Annual report on the working of the lock hospitals in the North-Western Provinces and Oudh
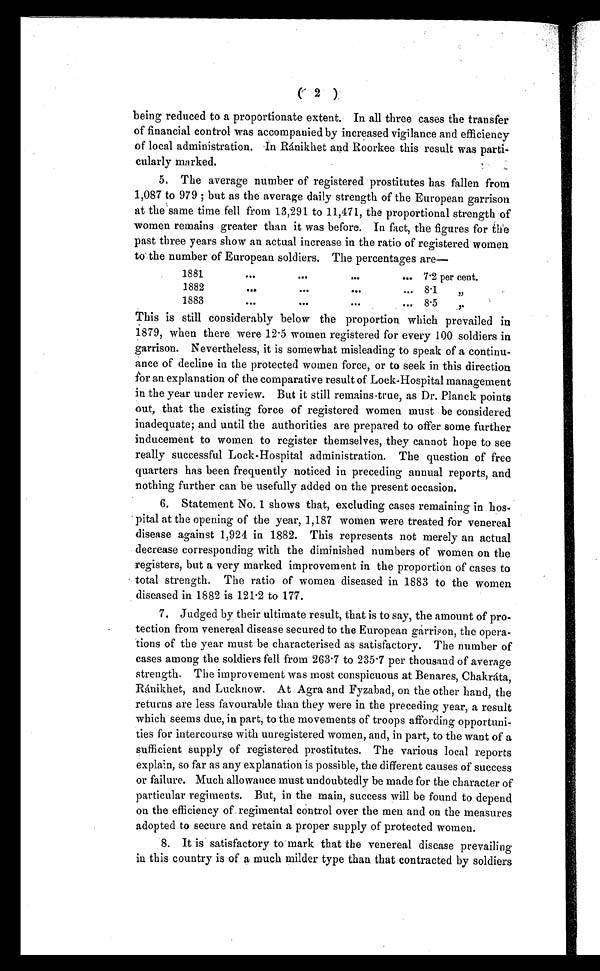
(
2 )
being reduced to a proportionate extent. In all three cases the transfer
of financial control was accompanied by increased vigilance and efficiency
of local administration. In Ránikhet and Roorkee this result was parti-
cularly marked.
5. The average number of registered prostitutes has fallen from
1,087 to 979 but as the average daily strength of the European garrison
at the same time fell from 13,291 to 11,471, the proportional strength of
women remains greater than it was before. In fact, the figures for the
past three years show an actual increase in the ratio of registered women
to the number of European soldiers. The percentages are
1881
•••
•••
•••
••• 7·2 per cent.
1882
...
•••
•••
•••
8·1
,,
1883
•••
•••
•••
•••
8·5
,,
This is still considerably below the proportion which prevailed in
1879, when there were 12 . 5 women registered for every 100 soldiers in
garrison. Nevertheless, it is somewhat misleading to speak of a continu-
ance of decline in the protected women force, or to seek in this direction
for an explanation of the comparative result of Lock-Hospital management
in the year under review. But it still remains true, as Dr. Planck points
out, that the existing force of registered women must be considered
inadequate; and until the authorities are prepared to offer some further
inducement to women to register themselves, they cannot hope to see
really successful Lock-Hospital administration. The question of free
quarters has been frequently noticed in preceding annual reports, and
nothing further can be usefully added on the present occasion.
6. Statement No. 1 shows that, excluding cases remaining in hos-
pital at the opening of the year, 1,187 women were treated for venereal
disease against 1,924 in 1882. This represents not merely an actual
decrease corresponding with the diminished numbers of women on the
registers, but a very marked improvement in the proportion of cases to
total strength. The ratio of women diseased in 1883 to the women
diseased in 1882 is 121·2 to 177.
7. Judged by their ultimate result, that is to say, the amount of pro-
tection from venereal disease secured to the European garrison, the opera-
tions of the year must be characterised as satisfactory. The number of
cases among the soldiers fell from 263·7 to 235 . 7 per thousand of average
strength. The improvement was most conspicuous at Benares, Chakráta,
Ránikhet, and Lucknow. At Agra and Fyzabad, on the other hand, the
returns are less favourable than they were in the preceding year, a result
which seems due, in part, to the movements of troops affording opportuni-
ties for intercourse with unregistered women, and, in part, to the want of a
sufficient supply of registered prostitutes. The various local reports
explain, so far as any explanation is possible, the different causes of success
or failure. Much allowance must undoubtedly be made for the character of
particular regiments. But, in the main, success will be found to depend
on the efficiency of regimental control over the men and on the measures
adopted to secure and retain a proper supply of protected women.
8. It is . satisfactory to mark that the venereal disease prevailing
in this country is of a much milder type than that contracted by soldiers